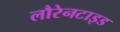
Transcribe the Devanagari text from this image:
लौरेनटाइड